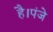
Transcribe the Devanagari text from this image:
है।पंजे